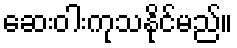
ဆေးဝါးကုသနိုင်မည်။